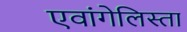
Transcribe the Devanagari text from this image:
एवांगेलिस्ता